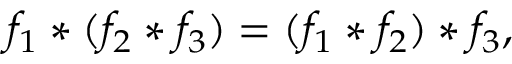
f _ { 1 } * ( f _ { 2 } * f _ { 3 } ) = ( f _ { 1 } * f _ { 2 } ) * f _ { 3 } ,